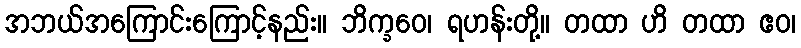
အဘယ်အကြောင်းကြောင့်နည်း။ ဘိက္ခဝေ၊ ရဟန်းတို့။ တထာ ဟိ တထာ ဧဝ၊